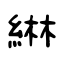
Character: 綝